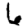
Digit: 6